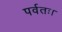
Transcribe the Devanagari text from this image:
पर्वतः।